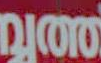
200